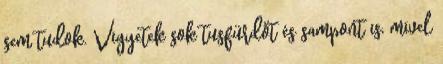
sem tudok. Vigyetek sok tusfürdőt és sampont is, mivel